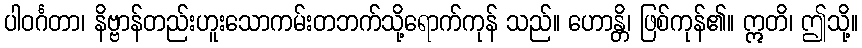
ပါဝင်္ဂတာ၊ နိဗ္ဗာန်တည်းဟူးသောကမ်းတဘက်သို့ရောက်ကုန် သည်။ ဟောန္တိ၊ ဖြစ်ကုန်၏။ ဣတိ၊ ဤသို့။